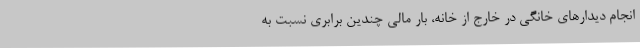
انجام دیدارهای خانگی در خارج از خانه، بار مالی چندین برابری نسبت به